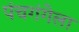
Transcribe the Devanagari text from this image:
पंचगंगेला